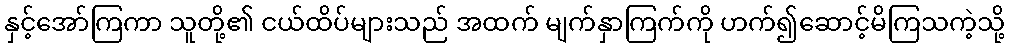
နှင့်အော်ကြကာ သူတို့၏ ငယ်ထိပ်များသည် အထက် မျက်နှာကြက်ကို ဟက်၍ဆောင့်မိကြသကဲ့သို့